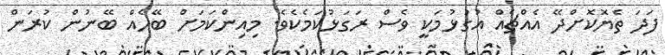
ފަދަ ތެޔޮކޮށްދޭ އެއްޗެއް އުގުޅުމަކީ ވެސް ރަގަޅުކަމެކެވެ. މިއިންކަމަށް ބޭހެއް ބޭނުން ކުރަން